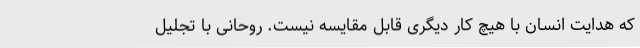
که هدایت انسان با هیچ کار دیگری قابل مقایسه نیست. روحانی با تجلیل